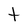
Character: t